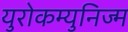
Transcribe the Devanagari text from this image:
युरोकम्युनिज्म